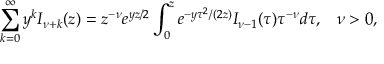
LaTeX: \sum _ { k = 0 } ^ { \infty } y ^ { k } I _ { \nu + k } ( z ) = z ^ { - \nu } e ^ { y z / 2 } \int _ { 0 } ^ { z } e ^ { - y \tau ^ { 2 } / ( 2 z ) } I _ { \nu - 1 } ( \tau ) \tau ^ { - \nu } d \tau , \; \; \; \nu > 0 ,